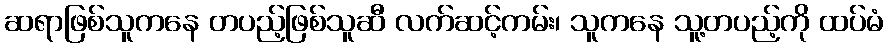
ဆရာဖြစ်သူကနေ တပည့်ဖြစ်သူဆီ လက်ဆင့်ကမ်း၊ သူကနေ သူ့တပည့်ကို ထပ်မံ